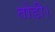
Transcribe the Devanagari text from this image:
तोडी।